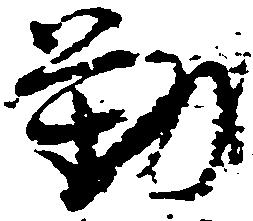
勤